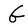
Character: G